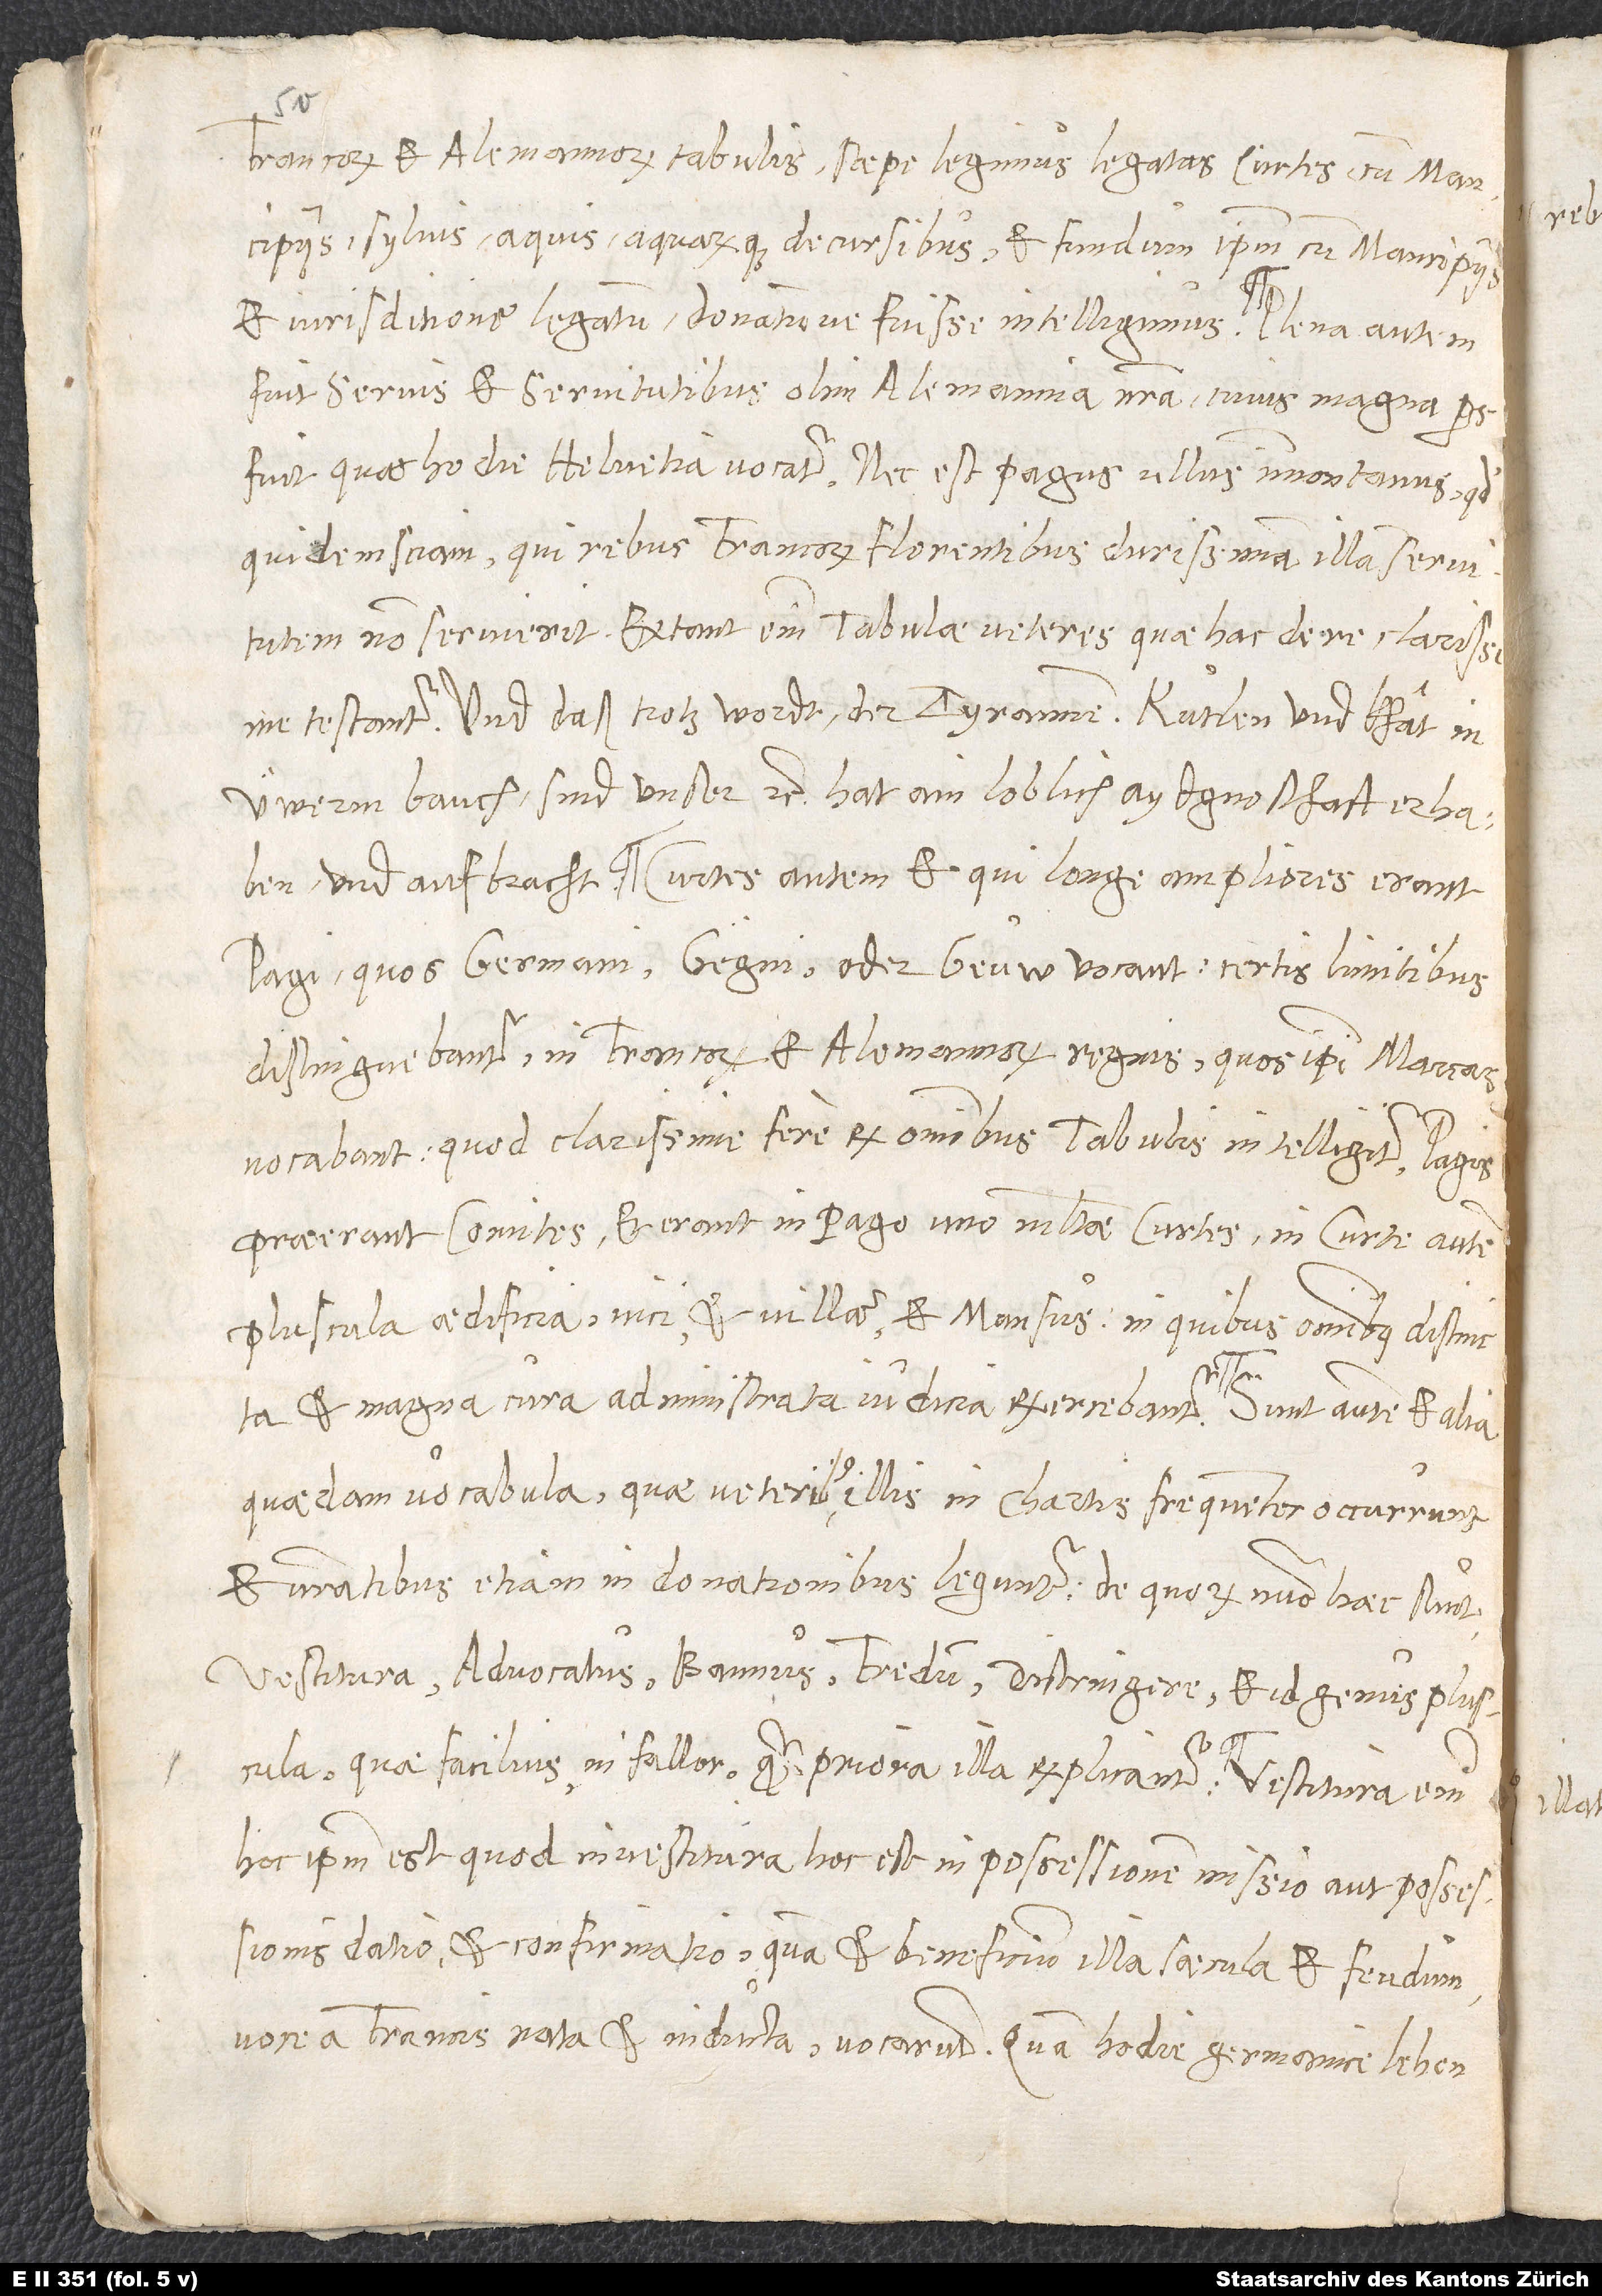
Francorum et Alemannorum tabulis saepe legimus legatas curtes cum mancipiis,
sylvis, aquis aquarumque decursibus et fundum ipsum cum mancipiis
et iurisditione legatum donatione fuisse intelligimus. Plena autem
fuit servis et servitutibus olim Alemannia nostra, cuius magna pars
fuit, quae hodie Helvetia vocatur, nec est pagus ullus immontanus, quod
quidem sciam, qui rebus Francorum florentibus durissimam illam servitutem
testantur, und daß trotzwordt der tyrannen: „Kutlen und khat in
üwerm bauch sind unser“ etc. hat ain loblich Aydgnoschaft erhaben
und aufbracht. Curtes autem et, qui longe ampliores erant,
pagi, quos Germani gegni oder geuw vocant, certis limitibus
distinguebantur in Francorum et Alemannorum regnis, quos ipsi marcas
vocabant, quod clarissime fere ex omnibus tabulis intelligitur. Pagis
praeerant comites, et erant in pago uno multae curtes, in curte autem
pluscula aedificia, vici et villae et mansus, in quibus omnibus distincta
et magna cura administrata iudicia exercebantur.
quaedam vocabula, quae veteribus illis in chartis frequenter occurrunt
et nostratibus etiam in donationibus leguntur, de quorum numero haec sunt:
vestitura, advocatus, bannus, fredum, distringere et id genus pluscula,
quae facilius, ni fallor, quam priora illa explicantur. Vestitura enim
hoc ipsum est quod investitura, hoc est in possessionem missio aut possessionis
datio et confirmatio, quam et beneficium illa saecula et feudum
voce a Francis nata et inducta vocarunt, quam hodie Germanice lehen oder

illas

rebus